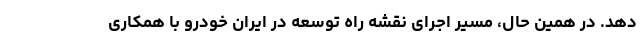
دهد. در همین حال، مسیر اجرای نقشه راه توسعه در ایران خودرو با همکاری